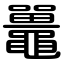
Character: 鼉